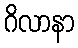
ဂိလာနာ